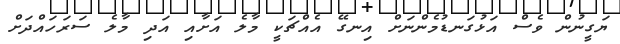
ޔަގީނުން ވެސް އަޅުގަނޑުމެންނަށް އިނގޭ އެއްޗަކީ މާލެ އަށާއި އަދި މާލެ ސަރަހައްދަށް